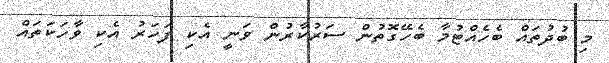
މި ބުދުތައް ބެހެއްޓުމާ ބެހޭގޮތުން ސަރުކާރުން ވަނީ އެކި ފަހަރު އެކި ވާހަކަތައް